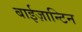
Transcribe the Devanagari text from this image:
बाईज़ान्टिन